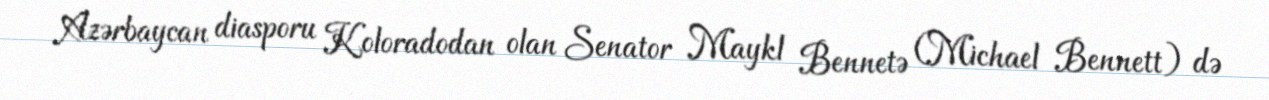
Azərbaycan diasporu Koloradodan olan Senator Maykl Bennetə (Michael Bennett) də